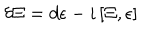
\delta \Xi = d \epsilon - i \, [ \Xi , \epsilon ]